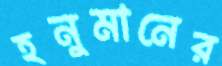
হনুমানের